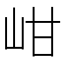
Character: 𡶑